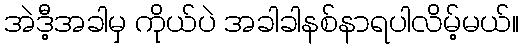
အဲဒီ့အခါမှ ကိုယ်ပဲ အခါခါနစ်နာရပါလိမ့်မယ်။